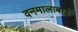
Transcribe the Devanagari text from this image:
वनमालाबाई